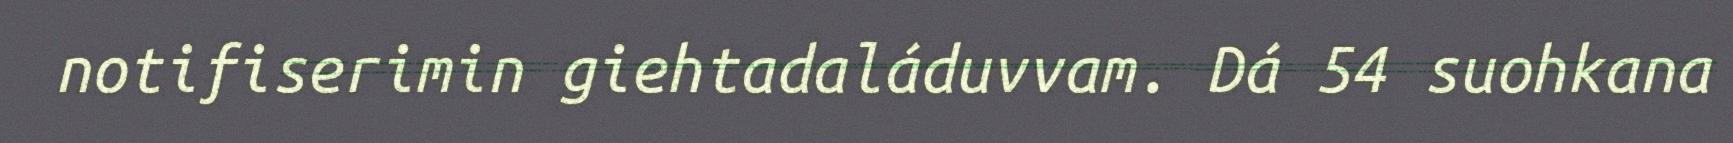
notifiserimin giehtadaláduvvam. Dá 54 suohkana